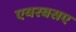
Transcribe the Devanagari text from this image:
एयरबसए